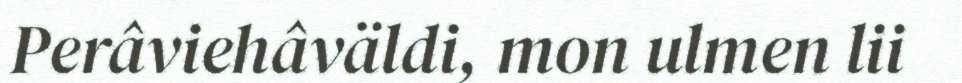
Perâviehâväldi, mon ulmen lii